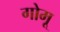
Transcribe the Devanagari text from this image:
गोमू